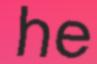
he